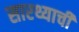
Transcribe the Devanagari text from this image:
सारथ्याची